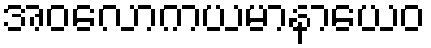
အဝလောကယမာနာယေဝ